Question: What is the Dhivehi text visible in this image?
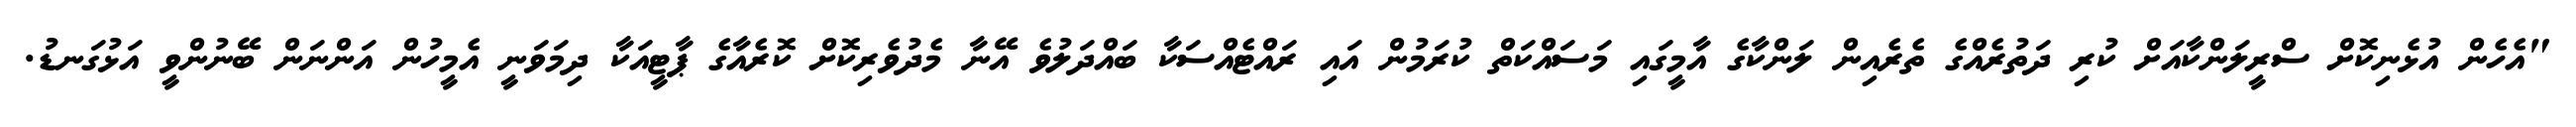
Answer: "އެހެން އުޅެނިކޮށް ސްރީލަންކާއަށް ކުރި ދަތުރެއްގެ ތެރެއިން ލަންކާގެ އާމީގައި މަސައްކަތް ކުރަމުން އައި ރައްޓެއްސަކާ ބައްދަލުވެ އޭނާ މެދުވެރިކޮށް ކޮރެއާގެ ޕާޓީއަކާ ދިމަވަނީ އެމީހުން އަންނަން ބޭނުންވީ އަޅުގަނޑު.